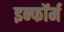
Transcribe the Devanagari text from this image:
इन्फॉर्म